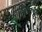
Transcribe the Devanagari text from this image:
परिवारांचे